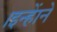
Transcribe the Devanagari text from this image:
।इन्हाेंने